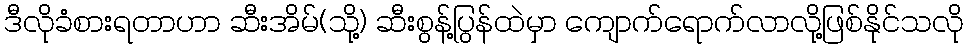
ဒီလိုခံစားရတာဟာ ဆီးအိမ်(သို့) ဆီးစွန့်ပြွန်ထဲမှာ ကျောက်ရောက်လာလို့ဖြစ်နိုင်သလို